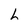
Character: h